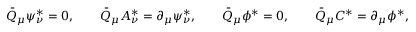
\bar { Q } _ { \mu } \psi _ { \nu } ^ { * } = 0 , \qquad \bar { Q } _ { \mu } A _ { \nu } ^ { * } = \partial _ { \mu } \psi _ { \nu } ^ { * } , \qquad \bar { Q } _ { \mu } \phi ^ { * } = 0 , \qquad \bar { Q } _ { \mu } C ^ { * } = \partial _ { \mu } \phi ^ { * } ,